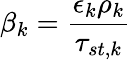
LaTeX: \beta_{k}=\frac{\epsilon_{k}\rho_{k}}{\tau_{st,k}}